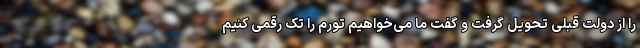
را از دولت قبلی تحویل گرفت و گفت ما می‌خواهیم تورم را تک رقمی کنیم